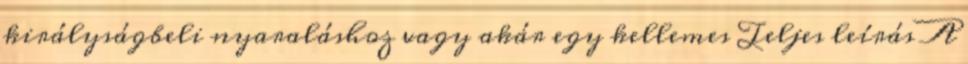
királyságbeli nyaraláshoz vagy akár egy kellemes Teljes leírás A